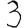
Digit: 3